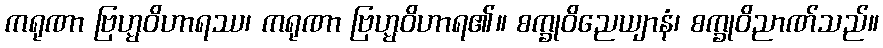
ကရုဏာ ဗြဟ္မဝိဟာရဿ၊ ကရုဏာ ဗြဟ္မဝိဟာရ၏။ စက္ခုဝိညေယျာနံ၊ စက္ခုဝိညာဏ်သည်။